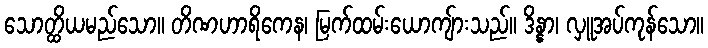
သောတ္ထိယမည်သော။ တိဏဟာရိကေန၊ မြက်ထမ်းယောကျ်ားသည်။ ဒိန္နာ၊ လှူအပ်ကုန်သော။